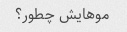
موهایش چطور؟